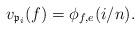
LaTeX: \begin{align*}v_{\mathfrak{p}_{i}}(f)={\phi}_{f,e}(i/n).\end{align*}